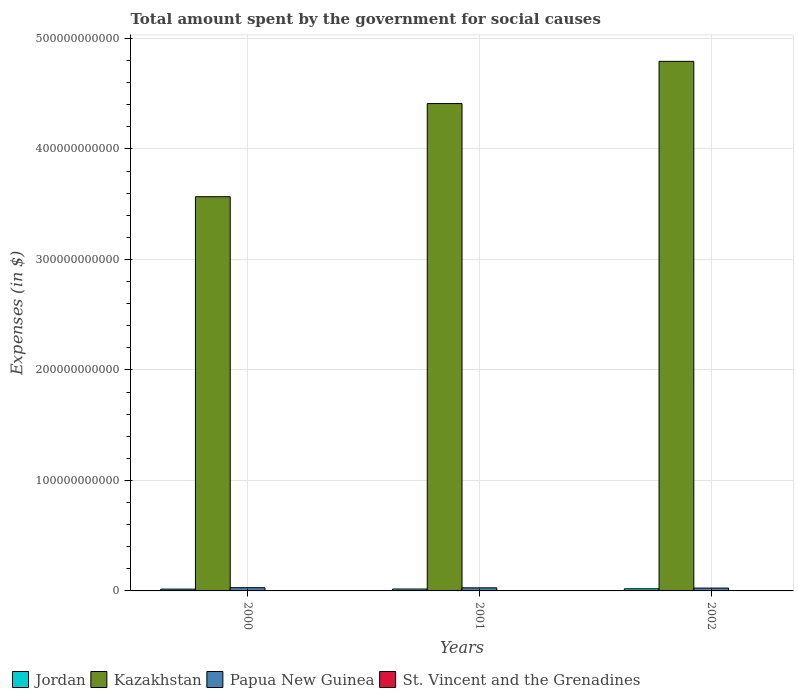
| Years | Jordan | Kazakhstan | Papua New Guinea | St. Vincent and the Grenadines |
 | --- | --- | --- | --- | --- |
 | 2000 | 1.63e+09 | 3.57e+11 | 2.93e+09 | 2.41e+08 |
 | 2001 | 1.72e+09 | 4.41e+11 | 2.8e+09 | 2.59e+08 |
 | 2002 | 1.93e+09 | 4.79e+11 | 2.58e+09 | 2.73e+08 |